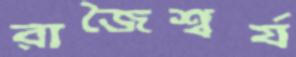
রাজৈশ্বর্য